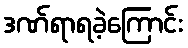
ဒဏ်ရာရခဲ့ကြောင်း